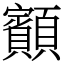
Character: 顮